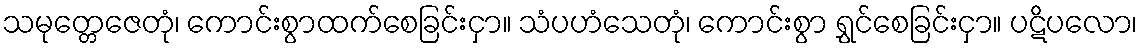
သမုတ္တေဇေတုံ၊ ကောင်းစွာထက်စေခြင်းငှာ။ သံပဟံသေတုံ၊ ကောင်းစွာ ရွှင်စေခြင်းငှာ။ ပဋိပလော၊